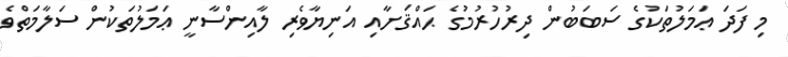
މި ފަދަ ޢަމަލުތަކުގެ ސަބަބުން ދިރުހުރުމުގެ ޙައްޤަށާއި އަނިޔާވެރި ލާއިންސާނީ ޢަމަލުތަކުން ސަލާމަތްވެ